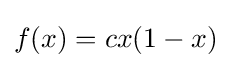
f(x)=cx(1-x)